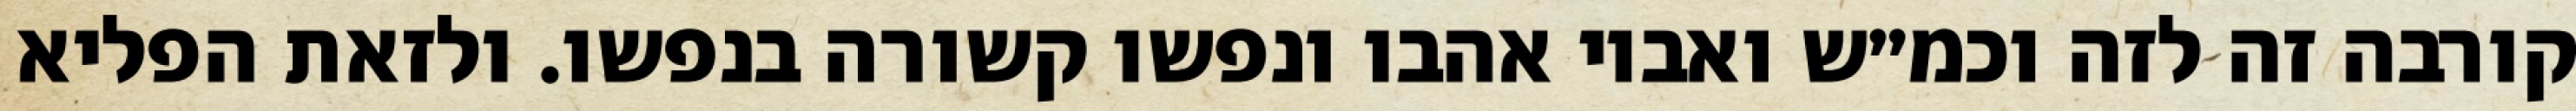
קורבה זה לזה וכמ״ש ואביו אהבו ונפשו קשורה בנפשו. ולזאת הפליא